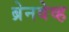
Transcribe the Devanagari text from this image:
ब्रेनवेव्ह